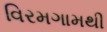
વિરમગામથી